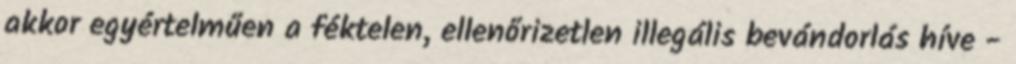
akkor egyértelműen a féktelen, ellenőrizetlen illegális bevándorlás híve -